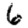
Digit: 6